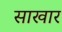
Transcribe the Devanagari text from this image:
साखार